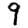
Digit: 9